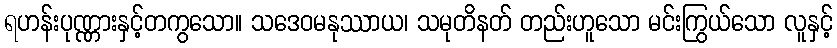
ရဟန်းပုဏ္ဏားနှင့်တကွသော။ သဒေဝမနုဿာယ၊ သမုတိနတ် တည်းဟူသော မင်းကြွယ်သော လူနှင့်